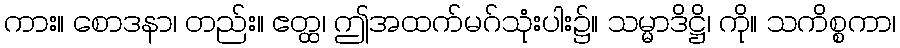
ကား။ စောဒနာ၊ တည်း။ ဧတ္ထ၊ ဤအထက်မဂ်သုံးပါး၌။ သမ္မာဒိဋ္ဌိ၊ ကို။ သကိစ္စကာ၊